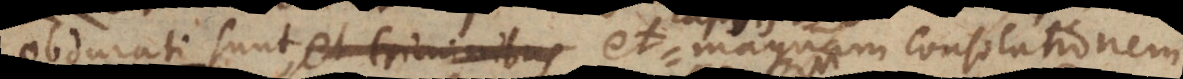
obdurati sunt, et criminibus magnam consolationem